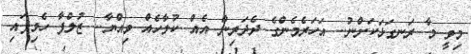
މިވީ މާ ރަނގަޅަކަށްނު.. އަހަރެމެންގެ ދެދަރިން އެއް ކުލާހެއް ވިއްޔާ.. ޒުލްފާ ހެވިފައި